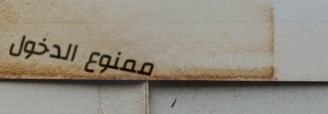
ممنوع الدخول